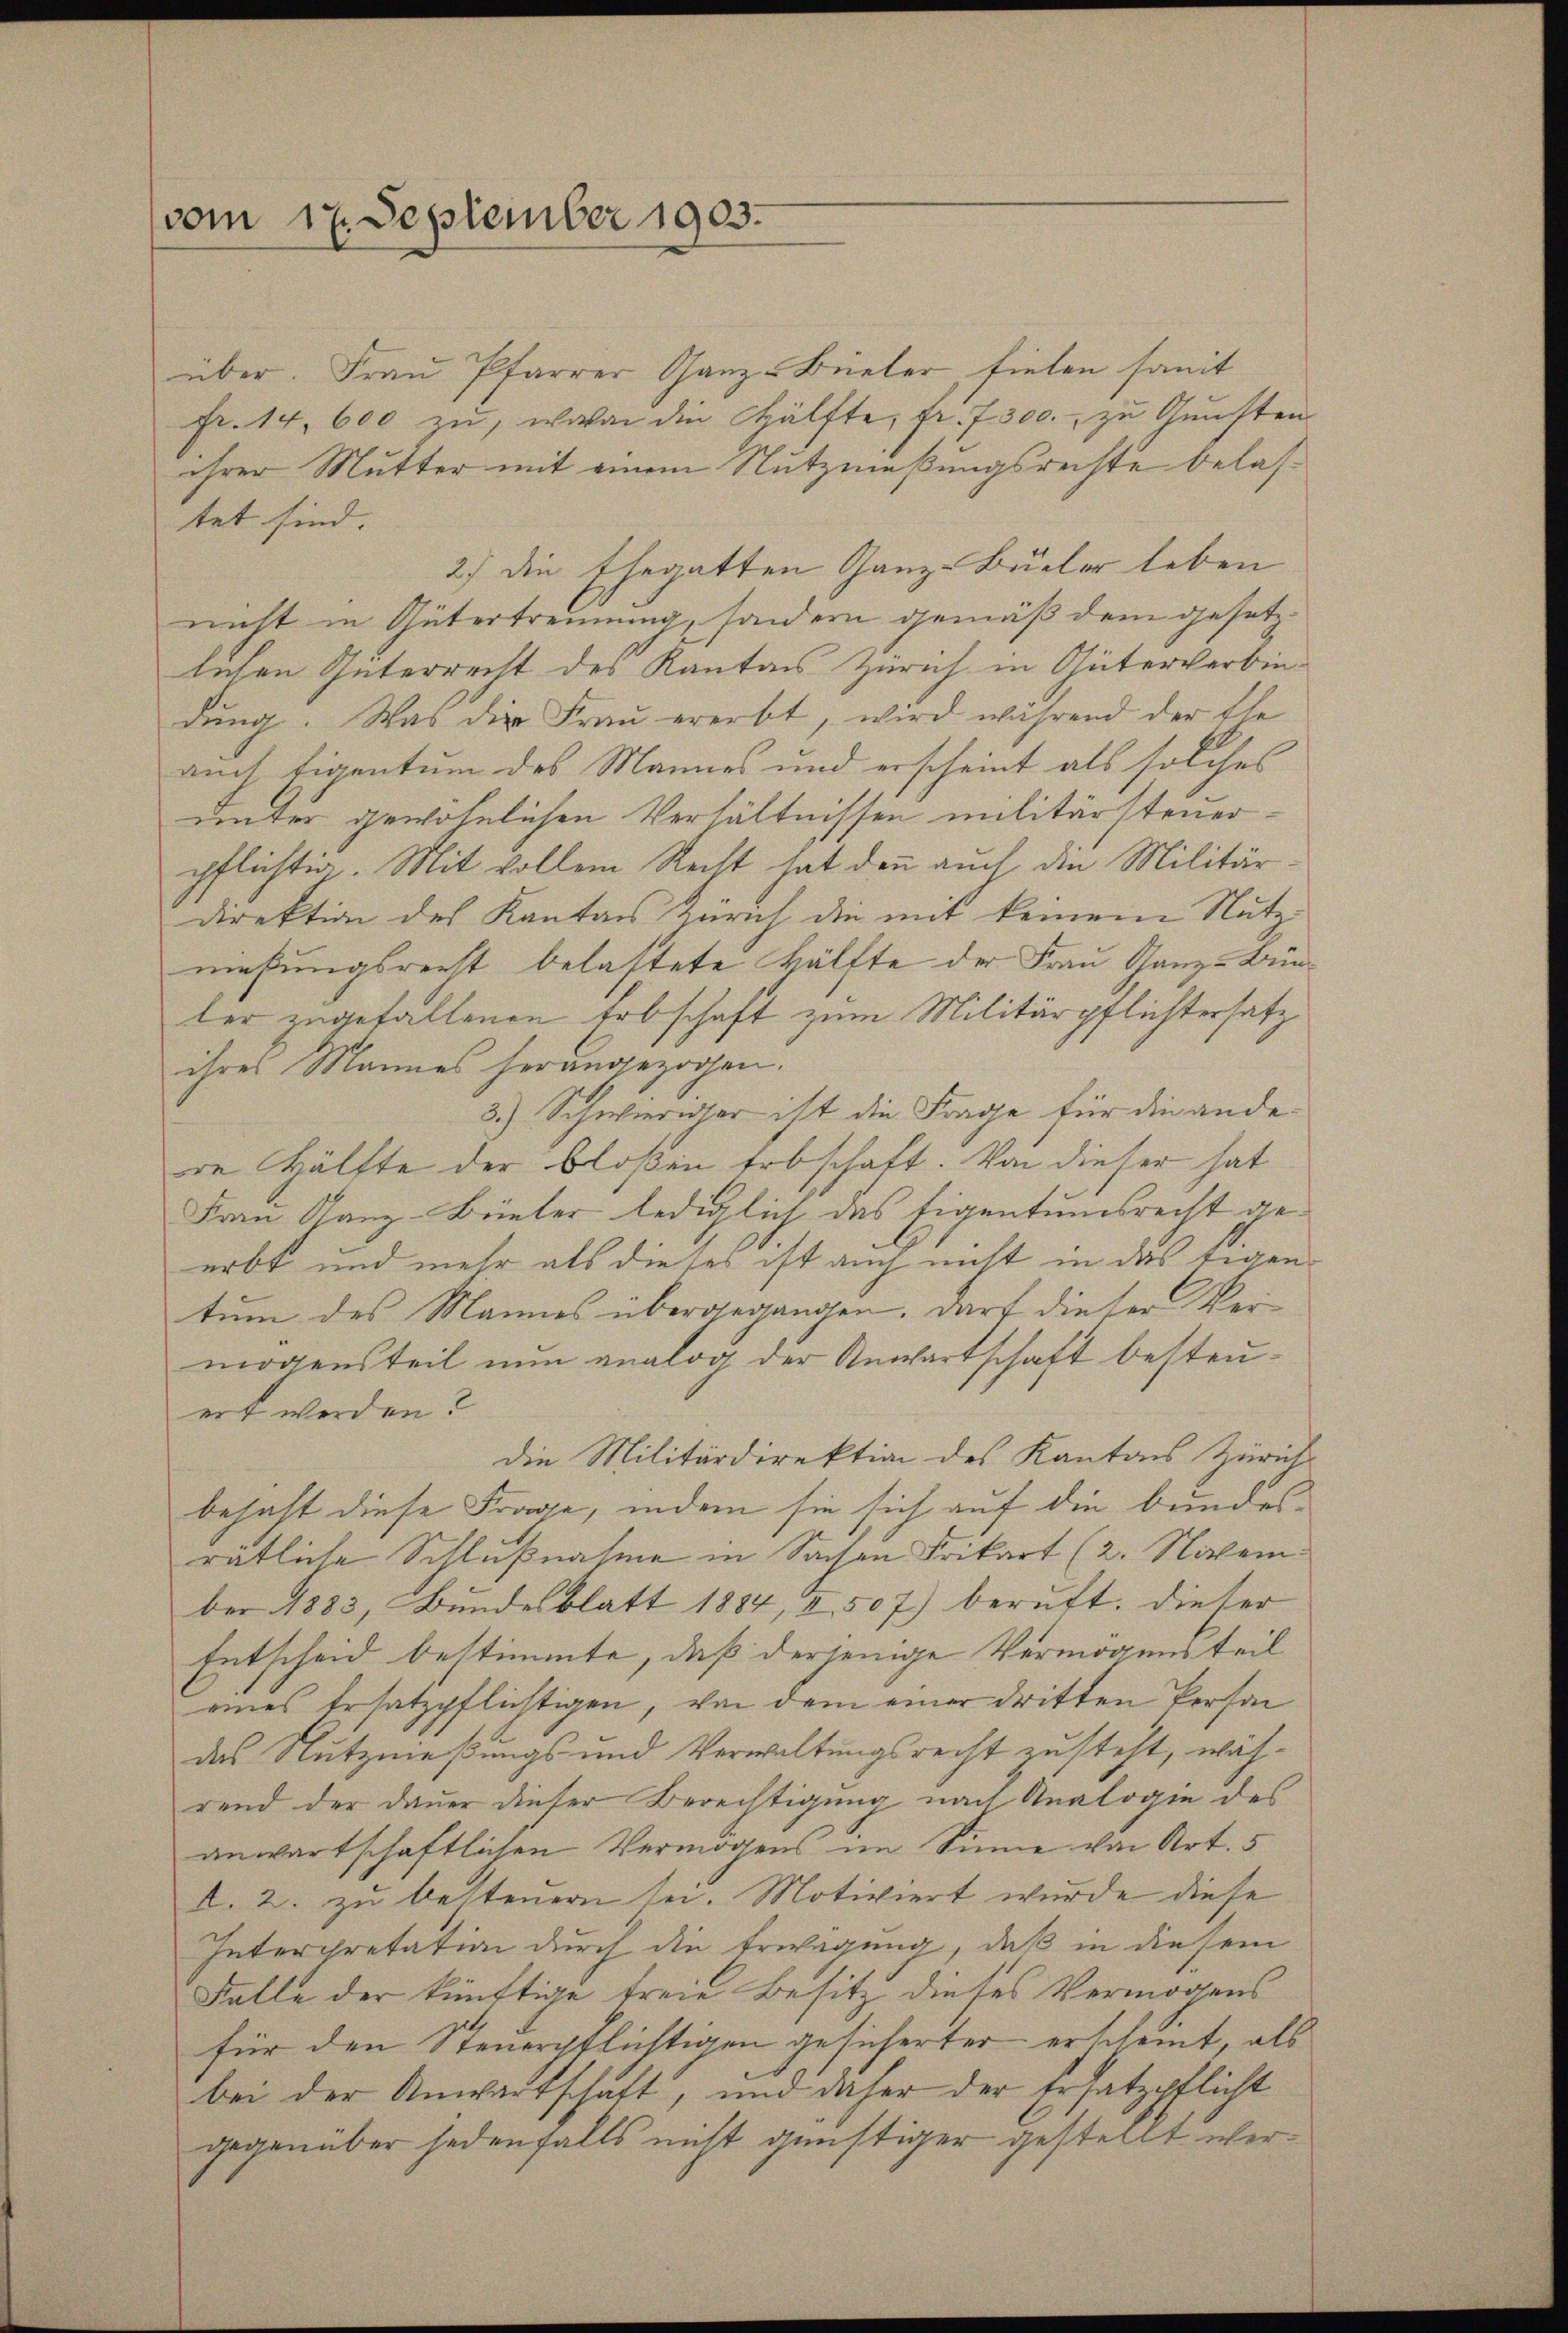
vom 17. September 1903.

über. Fraŭ Pfarrer Ganz-Büeter fielen somit
fr. 14. 600 zŭ, wovon die Hälfte, fr. 7300. zŭ Gŭnsten
ihrer Mutter mit einem Nutzmaßungsrechte belastet sind. |
2.) Die Ehegatten Ganz-Büeler leben
nicht in Gütertrennung, sondern gemäß dem gesetzlichen Güterrecht des Kanton Zürich in Güterverbindung. Was die Frau ererbt, wird während der Ele
auch Eigentum des Mannes und erscheint als solches
unter gewöhnlichen Verhältnissen militärsteuer.
pflichtig. Mit vollem Recht hat denn auch die Militär
direktion des Kantons Zürich die mit keinem Nutznießungsrecht belastete Hälfte der Frau Ganz-Bünler zugefallenen Erbschaft zum Militärpflichtersatz
ihres Mannes herangezogen.
3.) Schwieriger ist die Frage für die andere Hälfte der bloßen Erbschaft. Von dieser hat
Frau Ganz-Büeter lediglich das Eigentumsrecht geerbt und mehr als dieses ist auch nicht in das tigen
tum des Mannes übergegangen. Darf dieser Vermögensteil nun analog der Anwartschaft besteuert werden?
die Militärdirektion des Kantons Zürich
bejaht diese Frage, indem sie sich auf die bundesratliche Schlußnahme in Sachen Frikart (2. Nickem
ber 1883, Bundesblatt 1884, I. 507) beruft. Dieser
Entscheid bestimmte, daß derjenige Vermögens teil
eines Ersatzpflichtigen, von dem einer dritten Person
das Nutzmeßungs- und Verwaltungsrecht zusteht, während der Dauer dieser Berechtigung nach Analogie des
anwartschaftlichen Vermögens im Sinne von Art. 5
I. 2. zu besteuern sei. Motiviert wurde diese
Intercretation durch die Erwägung, daß in diesem
Falle der künftige freie Besitz dieses Vermögens
für den Steuerpflichtigen gesicherter erscheint, als
bei der Anwartschaft, und daher der Ersatzpflicht
gegenüber jedenfalls nicht günstiger gestellt wer¬